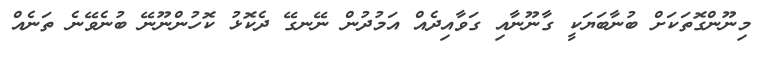
މިނޫންގޮތަކަށް ބުނާބަޔަކީ ގާނޫނާއި ގަވާއިދެއް އަމުދުން ނޭނގޭ ދެކޮޅު ކޮހުންނޫނޭ ބުނެވޭނެ ތަނެއް